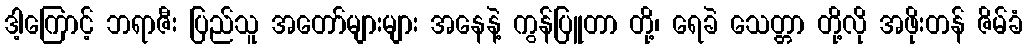
ဒါ့ကြောင့် ဘရာဇီး ပြည်သူ အတော်များများ အနေနဲ့ ကွန်ပြူတာ တို့၊ ရေခဲ သေတ္တာ တို့လို အဖိုးတန် ဇိမ်ခံ